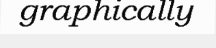
graphically